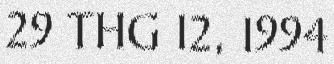
29 THG 12, 1994